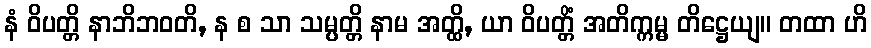
နံ ဝိပတ္တိ နာဘိဘဝတိ, န စ သာ သမ္ပတ္တိ နာမ အတ္ထိ, ယာ ဝိပတ္တိံ အတိက္ကမ္မ တိဋ္ဌေယျ။ တထာ ဟိ